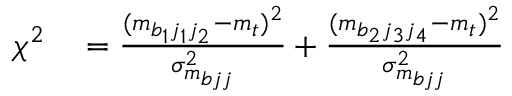
\begin{array} { r l } { \chi ^ { 2 } } & { { } = \frac { ( m _ { b _ { 1 } j _ { 1 } j _ { 2 } } - m _ { t } ) ^ { 2 } } { \sigma _ { m _ { b j j } } ^ { 2 } } + \frac { ( m _ { b _ { 2 } j _ { 3 } j _ { 4 } } - m _ { t } ) ^ { 2 } } { \sigma _ { m _ { b j j } } ^ { 2 } } } \end{array}